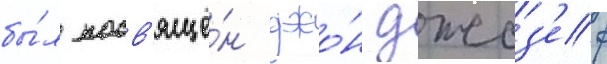
бы́л посв'ящё́н джо́н джоз'еф